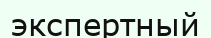
экспертный